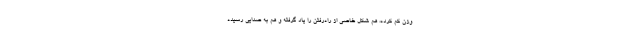
وزن کم کرده، هم شکل خاصی از راه‌رفتن را یاد گرفته و هم به صدایی رسیده